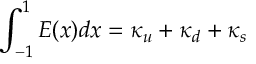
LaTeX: \int _ { - 1 } ^ { 1 } E ( x ) d x = \kappa _ { u } + \kappa _ { d } + \kappa _ { s }